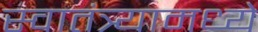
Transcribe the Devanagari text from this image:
स्वातंत्र्यामध्ये